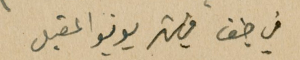
في صيف في شهر يونيو المقبل